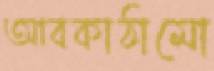
আবকাঠামো